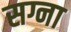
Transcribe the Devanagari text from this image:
सग्ना